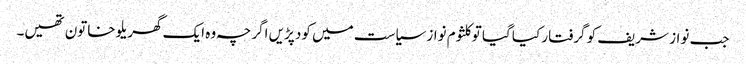
جب نواز شریف کو گرفتار کیا گیا تو کلثوم نواز سیاست میں کود پڑیں اگرچہ وہ ایک گھریلو خاتون تھیں۔